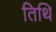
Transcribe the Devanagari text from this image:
तिथि